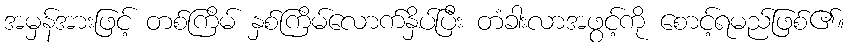
အမှန်အားဖြင့် တစ်ကြိမ် နှစ်ကြိမ်လောက်နှိပ်ပြီး တံခါးလာအဖွင့်ကို စောင့်ရမည်ဖြစ်၏။